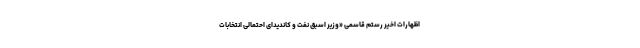
اظهارات اخیر رستم قاسمی «وزیر اسبق نفت و کاندیدای احتمالی انتخابات